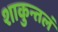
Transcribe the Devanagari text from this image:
शाकुन्तलं